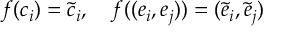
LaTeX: f ( c _ { i } ) = \tilde { c } _ { i } , \quad f ( ( e _ { i } , e _ { j } ) ) = ( \tilde { e } _ { i } , \tilde { e } _ { j } )